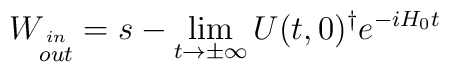
W_{\stackrel{in}{out}}=s-\lim_{t \rightarrow \pm\infty}U(t,0)^{\dagger}e^{-iH_0t}